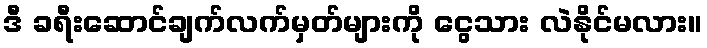
ဒီ ခရီးဆောင်ချက်လက်မှတ်များကို ငွေသား လဲနိုင်မလား။